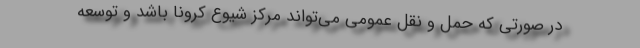
در صورتی که حمل و نقل عمومی می‌تواند مرکز شیوع کرونا باشد و توسعه